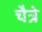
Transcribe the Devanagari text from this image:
चैत्रे